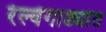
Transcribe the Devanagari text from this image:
रेल्वेगाड्यांत